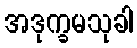
အဒုက္ခမသုခါ